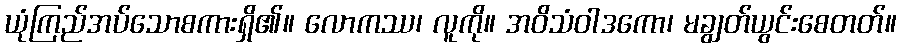
ယုံကြည်အပ်သောစကားရှိ၏။ လောကဿ၊ လူကို။ အဝိသံဝါဒကော၊ မချွတ်ယွင်းစေတတ်။